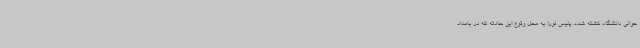
حوالی دانشگاه کشته شده. پلیس فورا به محل وقوع این حادثه که در بامداد